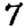
Digit: 7